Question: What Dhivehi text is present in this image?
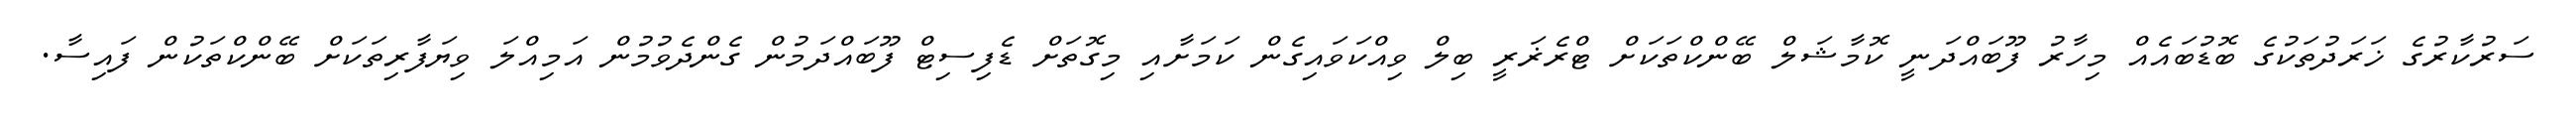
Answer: ސަރުކާރުގެ ޚަރަދުތަކުގެ ބޮޑުބައެއް މިހާރު ފޫބައްދަނީ ކޮމާޝަލް ބޭންކްތަކަށް ޓްރެޜަރީ ބިލް ވިއްކަވައިގެން ކަމަށާއި މިގޮތަށް ޑެފިސިޓް ފޫބައްދަމުން ގެންދެވުމުން އަމިއްލަ ވިޔަފާރިތަކަށް ބޭންކްތަކުން ފައިސާ.